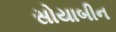
સોયાબીન